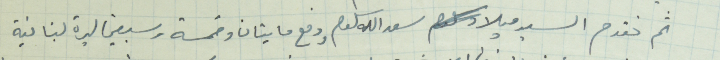
ثم تقدم السيد ميلاد سعدالله سلوم ودفع مايتان وخمسة وسبعين ليرة لبنانية